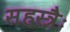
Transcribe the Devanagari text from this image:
सहस्त्रैः